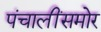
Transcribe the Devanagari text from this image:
पंचालींसमोर